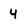
Character: 4